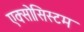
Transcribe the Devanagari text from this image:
एक्सोसिस्टम